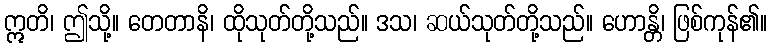
ဣတိ၊ ဤသို့။ တေတာနိ၊ ထိုသုတ်တို့သည်။ ဒသ၊ ဆယ်သုတ်တို့သည်။ ဟောန္တိ၊ ဖြစ်ကုန်၏။